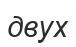
двух